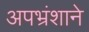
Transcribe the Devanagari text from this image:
अपभ्रंशाने